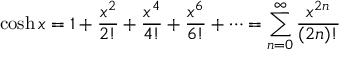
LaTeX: \cosh x = 1 + { \frac { x ^ { 2 } } { 2 ! } } + { \frac { x ^ { 4 } } { 4 ! } } + { \frac { x ^ { 6 } } { 6 ! } } + \cdots = \sum _ { n = 0 } ^ { \infty } { \frac { x ^ { 2 n } } { ( 2 n ) ! } }